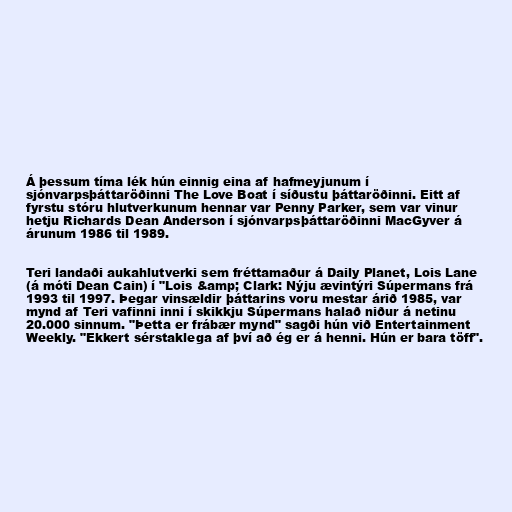
Á þessum tíma lék hún einnig eina af hafmeyjunum í
sjónvarpsþáttaröðinni The Love Boat í síðustu þáttaröðinni. Eitt af
fyrstu stóru hlutverkunum hennar var Penny Parker, sem var vinur
hetju Richards Dean Anderson í sjónvarpsþáttaröðinni MacGyver á
árunum 1986 til 1989.

Teri landaði aukahlutverki sem fréttamaður á Daily Planet, Lois Lane
(á móti Dean Cain) í "Lois &amp; Clark: Nýju ævintýri Súpermans frá
1993 til 1997. Þegar vinsældir þáttarins voru mestar árið 1985, var
mynd af Teri vafinni inni í skikkju Súpermans halað niður á netinu
20.000 sinnum. "Þetta er frábær mynd" sagði hún við Entertainment
Weekly. "Ekkert sérstaklega af því að ég er á henni. Hún er bara töff".